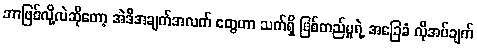
ဘာဖြစ်လို့လဲဆိုတော့ အဲဒီအချက်အလက် တွေဟာ သက်ရှိ ဖြစ်တည်မှုရဲ့ အခြေခံ လိုအပ်ချက်